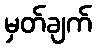
မှတ်ချက်